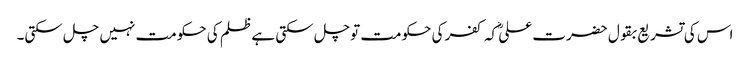
اس کی تشریع بقول حضرت علیؓ کہ کفر کی حکومت توچل سکتی ہے ظلم کی حکومت نہیں چل سکتی۔